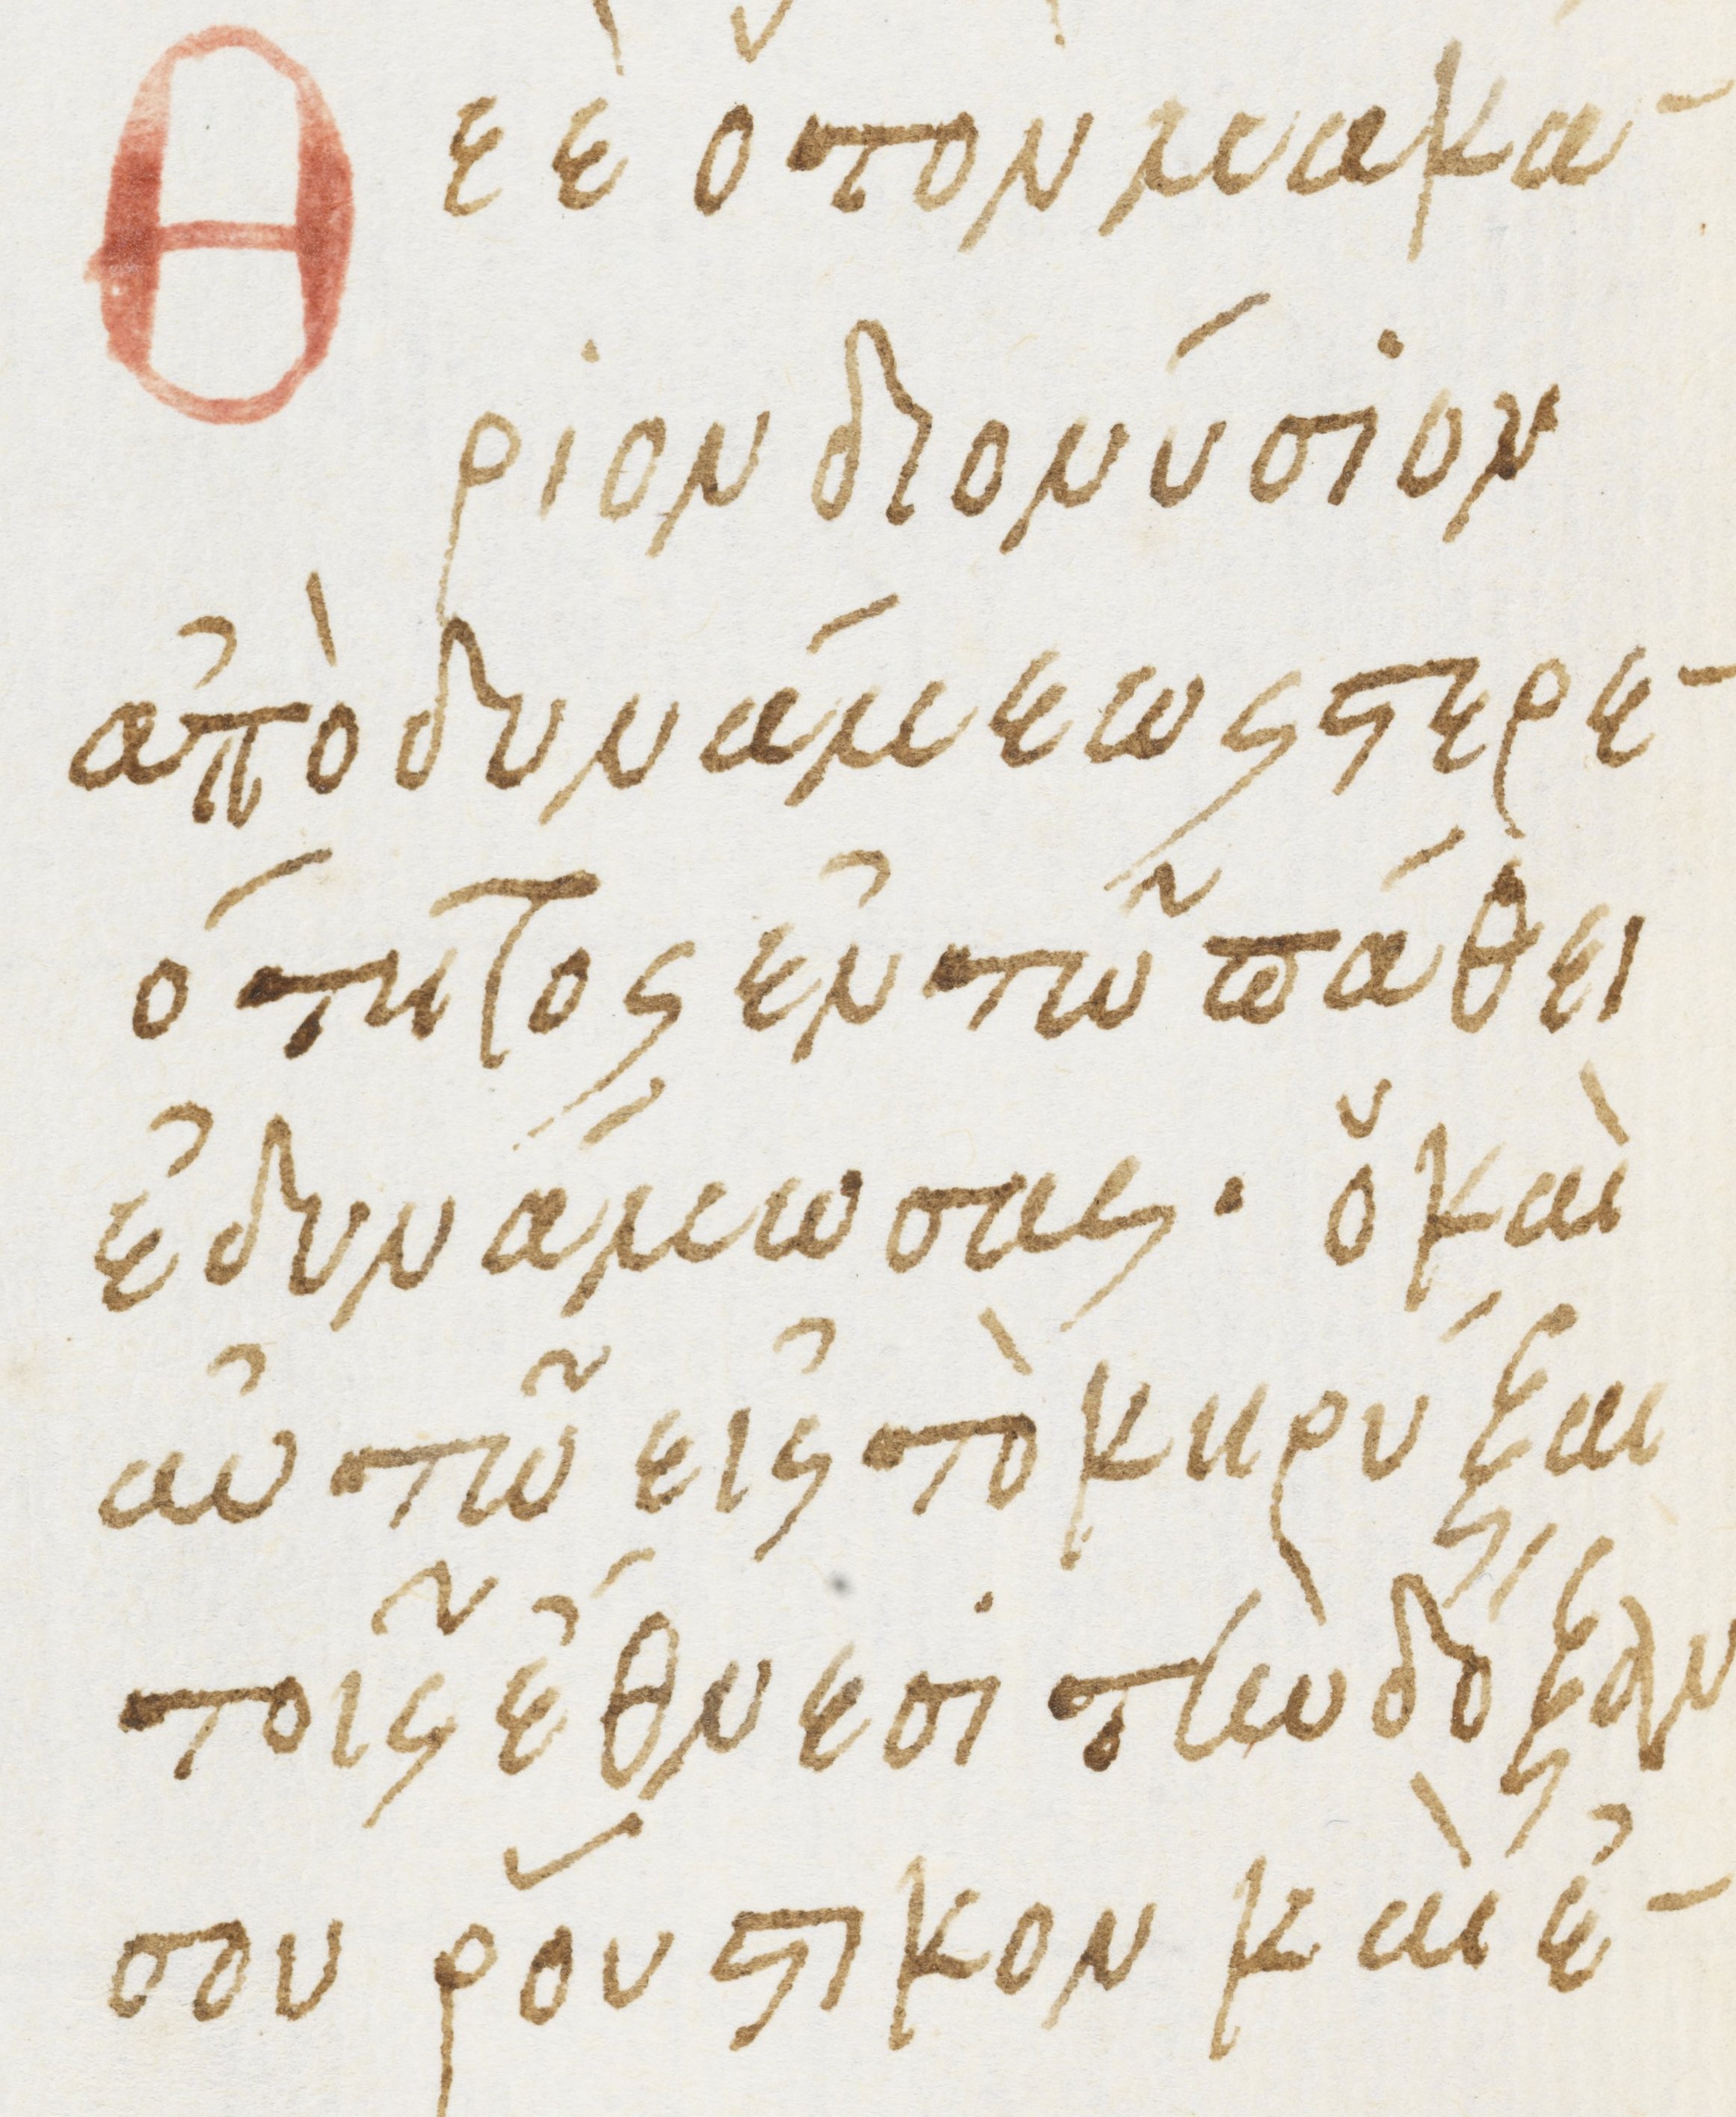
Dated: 1475–1499